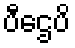
ပီဌေပိ